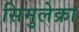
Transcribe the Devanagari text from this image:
सिमुलेक्रा